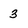
Character: 3